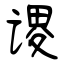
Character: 谡